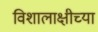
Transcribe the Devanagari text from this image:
विशालाक्षीच्या